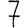
Digit: 7